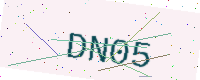
Text: DN05